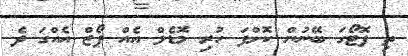
ތި ފޮޓޯގަ ބޭނުން ކޮށްފަ ހުރި މޮޑެލް އެއް ޕޯޒް އެއްގަ ދެ